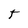
Character: T